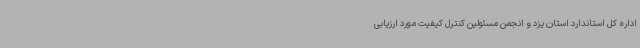
اداره کل استاندارد استان یزد و انجمن مسئولین کنترل کیفیت مورد ارزیابی